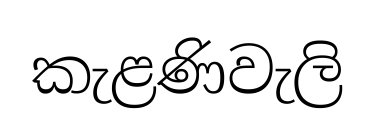
කැළණිවැලි